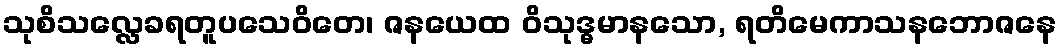
သုစိသလ္လေခရတူပသေဝိတေ၊ ဇနယေထ ဝိသုဒ္ဓမာနသော, ရတိမေကာသနဘောဇနေ